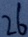
2 6